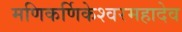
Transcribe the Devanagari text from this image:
मणिकर्णिकेश्वरमहादेव